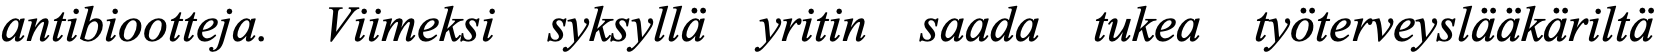
antibiootteja. Viimeksi syksyllä yritin saada tukea työterveyslääkäriltä